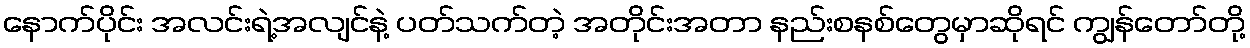
နောက်ပိုင်း အလင်းရဲ့အလျင်နဲ့ ပတ်သက်တဲ့ အတိုင်းအတာ နည်းစနစ်တွေမှာဆိုရင် ကျွန်တော်တို့